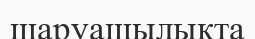
шаруашылықта